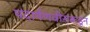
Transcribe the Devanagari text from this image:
पदार्पणवीरांकडून